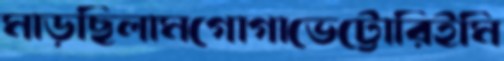
মাড়ছিলামগোগাভেট্টোরিইমি